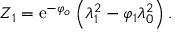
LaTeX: { Z } _ { 1 } = \mathrm { e } ^ { - \varphi _ { o } } \left( \lambda _ { 1 } ^ { 2 } - \varphi _ { 1 } \lambda _ { 0 } ^ { 2 } \right) .